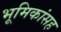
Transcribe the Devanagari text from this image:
भूमिकांसह